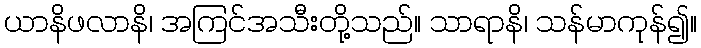
ယာနိဖလာနိ၊ အကြင်အသီးတို့သည်။ သာရာနိ၊ သန်မာကုန်၍။